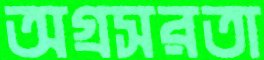
অগ্রসরতা